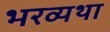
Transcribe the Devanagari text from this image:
भरव्यथा